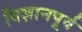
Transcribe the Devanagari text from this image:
विज्ञानपूर्व